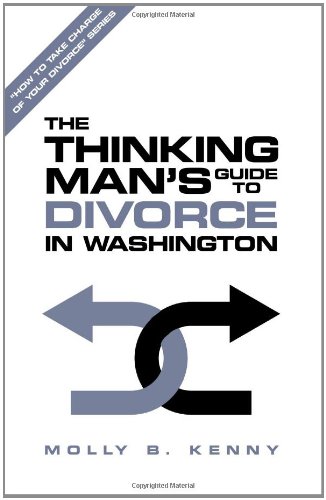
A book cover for The Savvy Man's Guide to Divorce in Washington; Molly B. Kenny; Law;